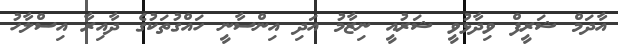
އާދަމް ޝަރީފް ވިދާޅުވީ ޝަރުއީ ނިޒާމު އަދި އިންސާނީ ހައްގުތަކުގެ ދާއިރާ އިސްލާހު